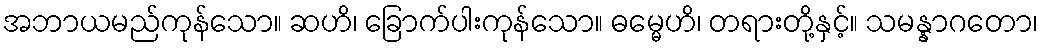
အဘာယမည်ကုန်သော။ ဆဟိ၊ ခြောက်ပါးကုန်သော။ ဓမ္မေဟိ၊ တရားတို့နှင့်။ သမန္နာဂတော၊